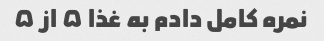
نمره کامل دادم به غذا ۵ از ۵